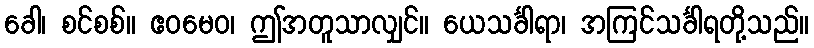
ခေါ၊ စင်စစ်။ ဧဝမေဝ၊ ဤအတူသာလျှင်။ ယေသင်္ခါရာ၊ အကြင်သင်္ခါရတို့သည်။